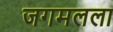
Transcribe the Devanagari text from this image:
जगमलला